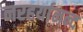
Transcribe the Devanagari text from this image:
नरहर्यानन्द